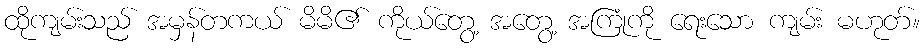
ထိုကျမ်းသည် အမှန်တကယ် မိမိ၏ ကိုယ်တွေ့ အတွေ့ အကြုံကို ရေးသော ကျမ်း မဟုတ်။